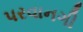
પરવાનગી